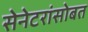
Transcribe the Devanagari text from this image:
सेनेटरांसोबत